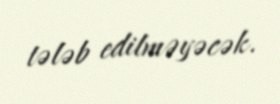
tələb edilməyəcək.